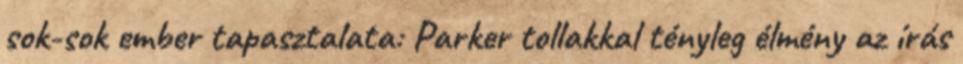
sok-sok ember tapasztalata: Parker tollakkal tényleg élmény az írás